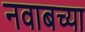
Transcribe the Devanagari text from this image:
नवाबच्या